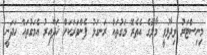
މިނިސްޓަރު ވިދާޅުވީ މާލޭގެ އެތެރޭ މަގުތައް ރަނގަޅު ފެންވަރަކަށް ހަދާއިރު އެމަގުތައް ހަދަނީ